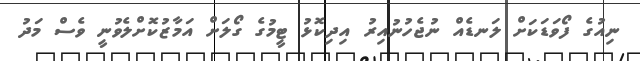
ނިއުގެ ފޯވަޑަކަށް ލަނޑެއް ނުޖެހުނުއިރު އިދިކޮޅު ޓީމުގެ ގޯލަށް އަމާޒުކޮށްލެވުނީ ވެސް މަދު